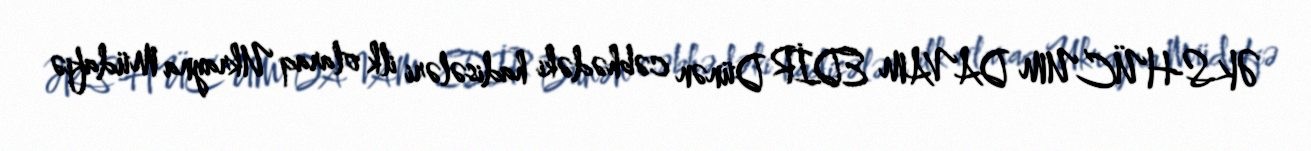
ƏKS-HÜCUM DAVAM EDİR Dünən cəbhədəki hadisələri ilk olaraq Ukrayna Müdafiə